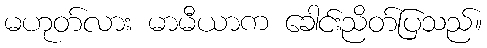
မဟုတ်လား မာမီယာက ခေါင်းညိတ်ပြသည်။